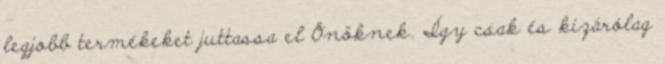
legjobb termékeket juttassa el Önöknek. Így csak és kizárólag